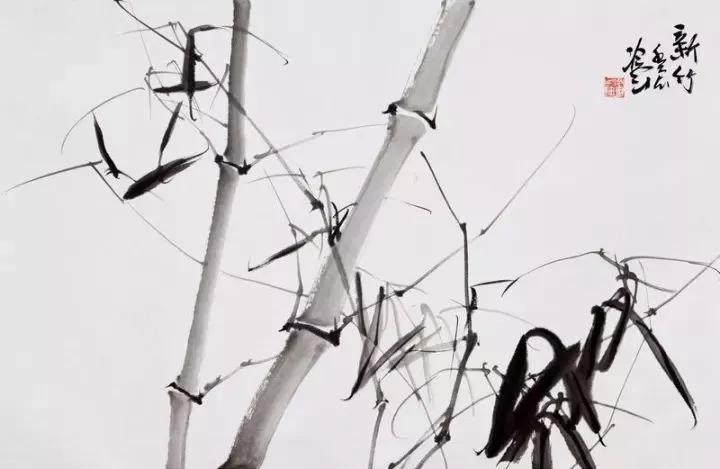
是数人之齿而以为富。